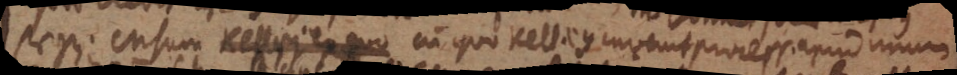
seyn. Manuscriptum cum quo Kellius invenit process. apud unum